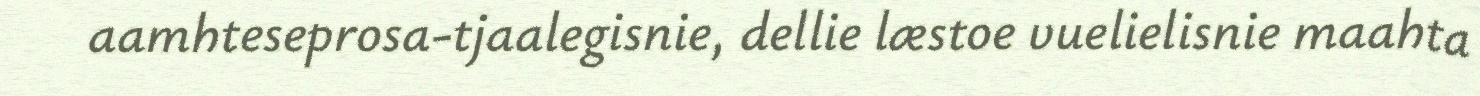
aamhteseprosa-tjaalegisnie, dellie læstoe vuelielisnie maahta